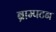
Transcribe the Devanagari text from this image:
ब्राम्पटन